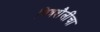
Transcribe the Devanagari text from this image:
चित्रशैलींचा